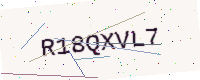
Text: R18QXVL7